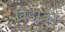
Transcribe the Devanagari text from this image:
विडम्बन